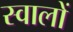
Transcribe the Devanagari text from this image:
स्वालों